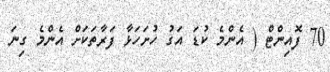
70 ފޮއިންޓް ( އެންމެ ކުޑަ އަގު ހުށަހަޅާ ފަރާތަކަށް އެންމެ ގިނަ